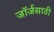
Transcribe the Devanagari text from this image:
जॉर्जसाठी